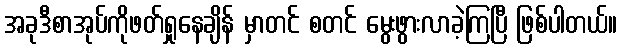
အခုဒီစာအုပ်ကိုဖတ်ရှုနေချိန် မှာတင် စတင် မွေးဖွားလာခဲ့ကြပြီ ဖြစ်ပါတယ်။